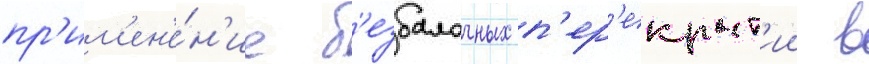
пр'им'ен'е́н'ие б'езбалочных п'ер'екрыт'ии в